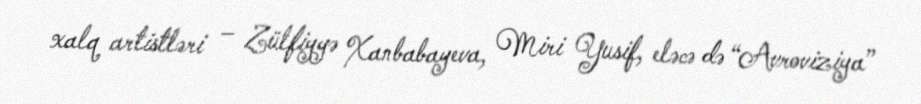
xalq artistləri – Zülfiyyə Xanbabayeva, Miri Yusif, eləcə də “Avroviziya”